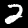
Label: 2